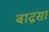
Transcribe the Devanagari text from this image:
बाढ़सा